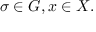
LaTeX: \sigma \in G , x \in X .